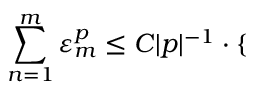
\sum _ { n = 1 } ^ { m } \varepsilon _ { m } ^ { p } \leq C | p | ^ { - 1 } \cdot \mathopen { } \mathclose \bgroup \left\{ \begin{array} { r l r } \end{array} \aftergroup \egroup \right.